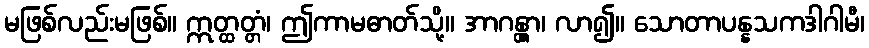
မဖြစ်လည်းမဖြစ်။ ဣတ္ထတ္တံ၊ ဤကာမဓာတ်သို့။ အာဂန္တွာ၊ လာ၍။ သောတာပန္နသကဒါဂါမီ၊